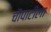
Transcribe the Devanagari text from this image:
चौपाटीला